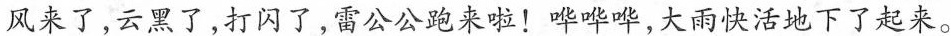
风来了，云黑了，打闪了，雷公公跑来啦！哗哗哗，大雨快活地下了起来。